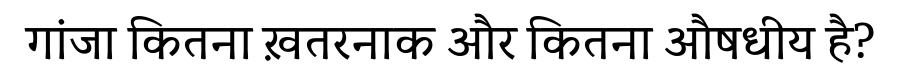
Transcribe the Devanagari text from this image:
गांजा कितना ख़तरनाक और कितना औषधीय है?